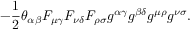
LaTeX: - \frac 1 2 \theta _ { \alpha \beta } F _ { \mu \gamma } F _ { \nu \delta } F _ { \rho \sigma } g ^ { \alpha \gamma } g ^ { \beta \delta } g ^ { \mu \rho } g ^ { \nu \sigma } .